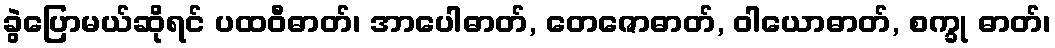
ခွဲပြောမယ်ဆိုရင် ပထဝီဓာတ်၊ အာပေါဓာတ်, တေဇောဓာတ်, ဝါယောဓာတ်, စက္ခု ဓာတ်၊